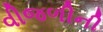
વીજળીની